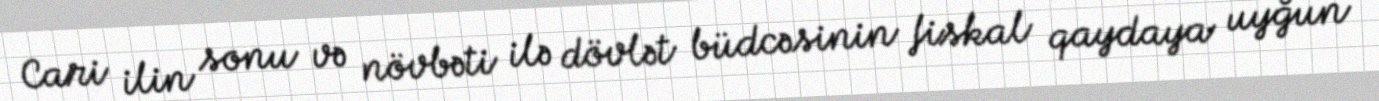
Cari ilin sonu və növbəti ilə dövlət büdcəsinin fiskal qaydaya uyğun